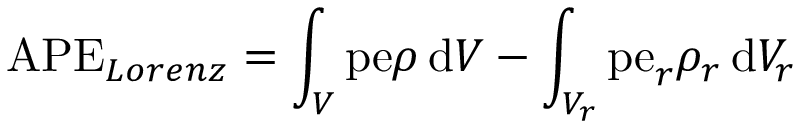
\mathrm { A P E } _ { L o r e n z } = \int _ { V } \mathrm { p e } \rho \, \mathrm { d } V - \int _ { V _ { r } } \mathrm { p e } _ { r } \rho _ { r } \, \mathrm { d } V _ { r }